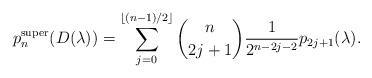
LaTeX: \begin{gather*}p_n^{\mathrm{super}}(D(\lambda))= \sum_{j=0}^{\lfloor (n-1)/2 \rfloor} \binom{n}{2j+1} \frac{1}{2^{n-2j-2}} p_{2j+1}(\lambda).\end{gather*}